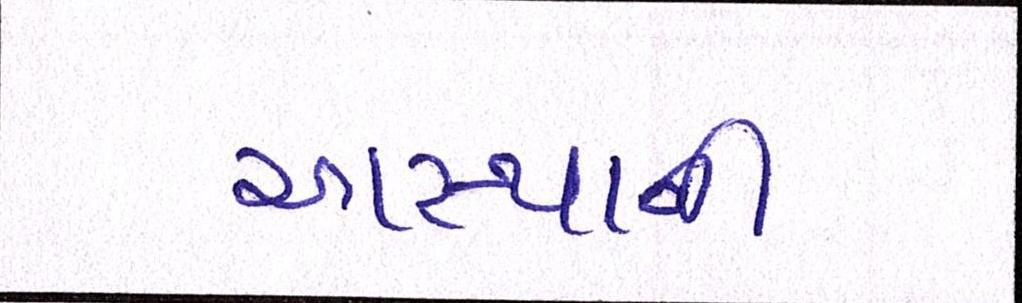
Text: આસ્થાની